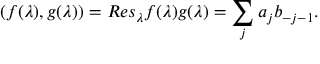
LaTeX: ( f ( \lambda ) , g ( \lambda ) ) = R e s _ { \lambda } f ( \lambda ) g ( \lambda ) = \sum _ { j } a _ { j } b _ { - j - 1 } .